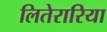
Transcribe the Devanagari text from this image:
लितेरारिया